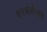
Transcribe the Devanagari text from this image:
एलओसीआई